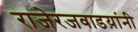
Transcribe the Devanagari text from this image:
राजेरजवाडय़ांनी